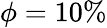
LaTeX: \phi=10\%